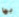
بها